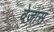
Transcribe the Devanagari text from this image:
वेजांस